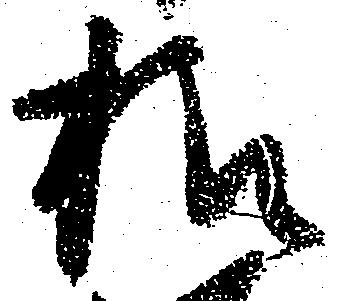
様